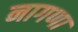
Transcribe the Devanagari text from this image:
नागणा